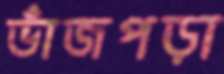
ভাঁজপড়া